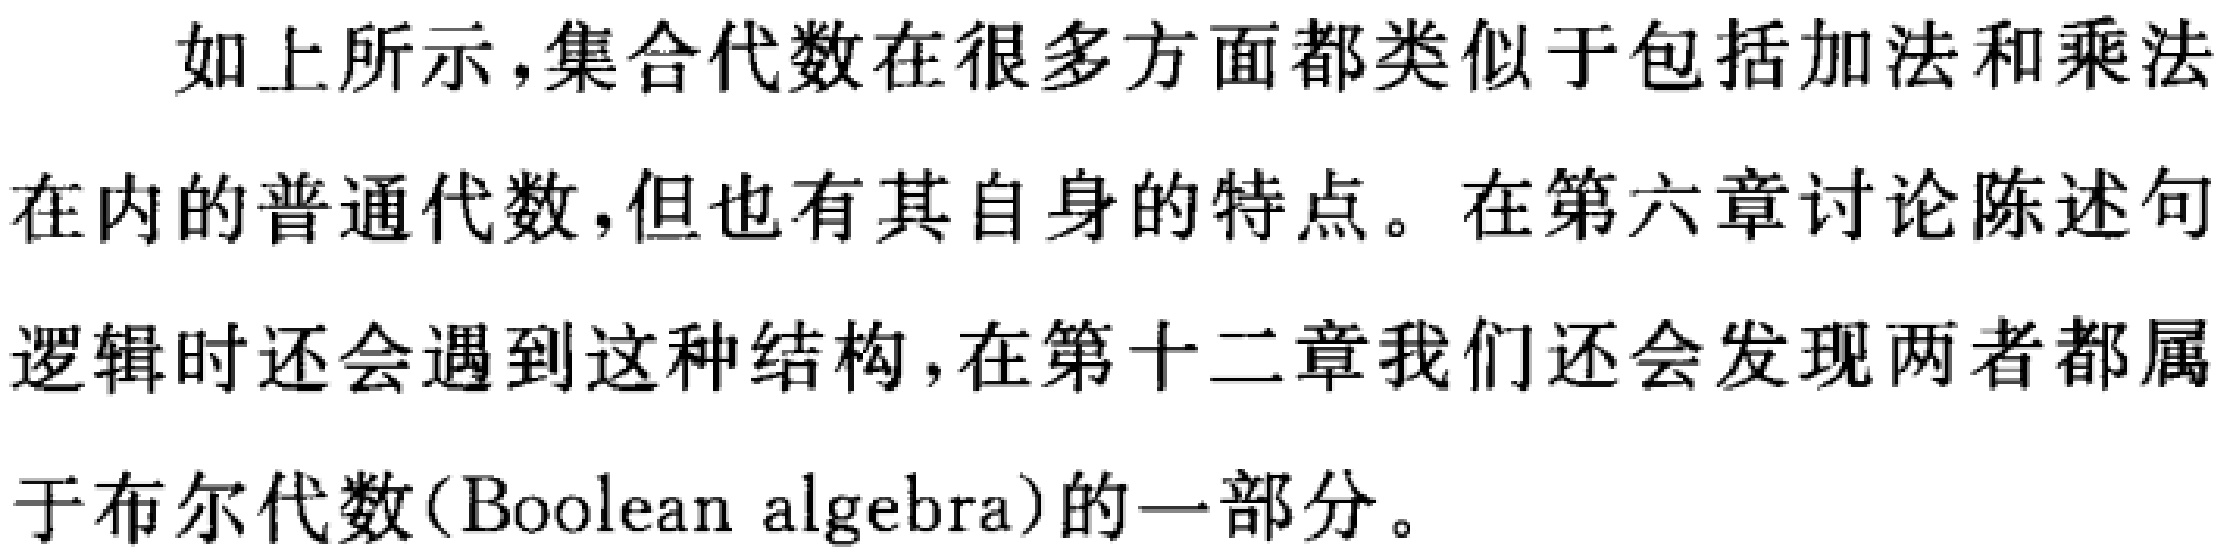
如上所示，集合代数在很多方面都类似于包括加法和乘法在内的普通代数,但也有其自身的特点。在第六章讨论陈述句逻辑时还会遇到这种结构，在第十二章我们还会发现两者都属于布尔代数(Boolean algebra)的一部分。